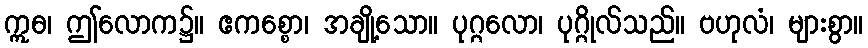
ဣဓ၊ ဤလောက၌။ ဧကစ္စော၊ အချို့သော။ ပုဂ္ဂလော၊ ပုဂ္ဂိုလ်သည်။ ဗဟုလံ၊ များစွာ။